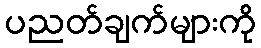
ပညတ်ချက်များကို